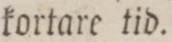
kortare tid.